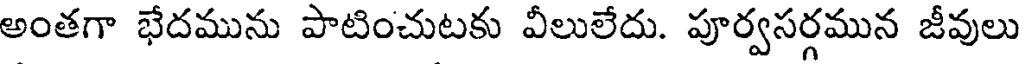
అంతగా భేదమును పాటించుటకు వీలులేదు. పూర్వసర్గమున జీవులు